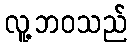
လူ့ဘဝသည်